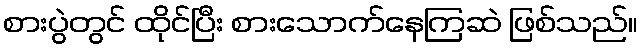
စားပွဲတွင် ထိုင်ပြီး စားသောက်နေကြဆဲ ဖြစ်သည်။